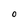
Character: O